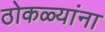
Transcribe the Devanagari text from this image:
ठोकळ्यांना